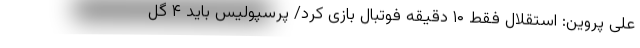
علی پروین: استقلال فقط ۱۰ دقیقه فوتبال بازی کرد/ پرسپولیس باید ۴ گل